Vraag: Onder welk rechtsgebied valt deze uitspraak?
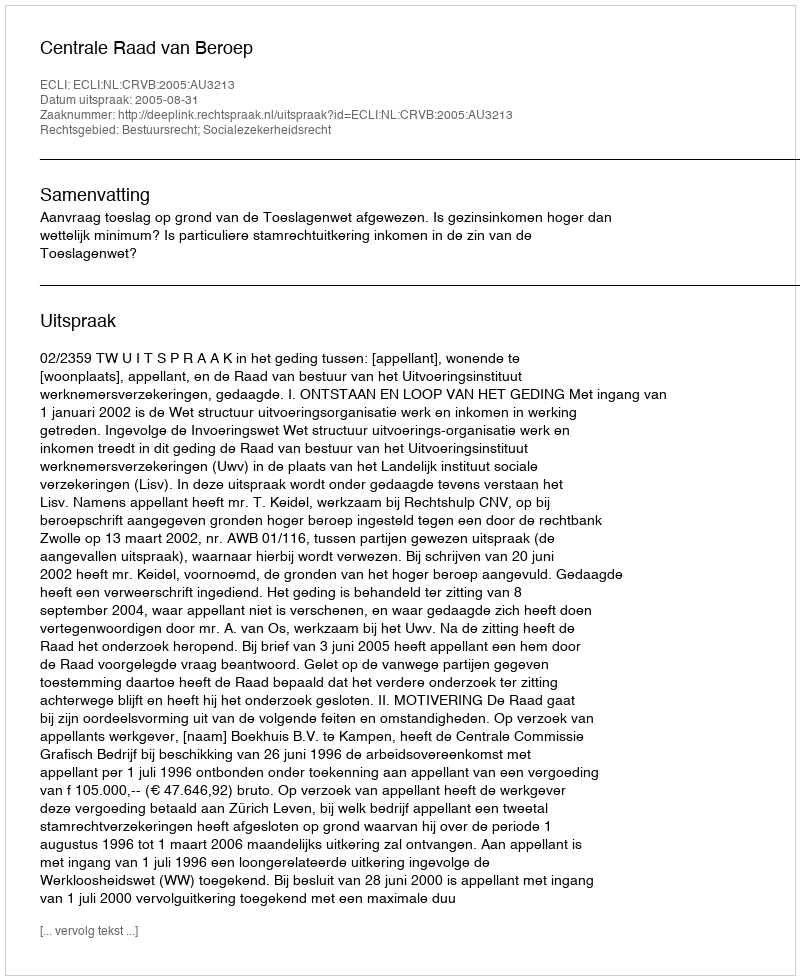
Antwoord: Bestuursrecht; Socialezekerheidsrecht